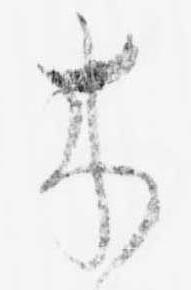
来